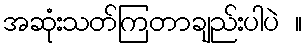
အဆုံးသတ်ကြတာချည်းပါပဲ ။